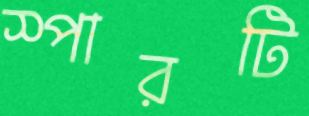
স্পারটি